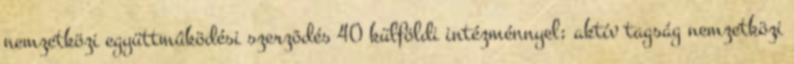
nemzetközi együttmûködési szerzõdés 40 külföldi intézménnyel; aktív tagság nemzetközi